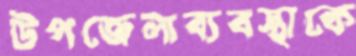
উপজেলাব্যবস্থাকে